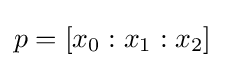
p=[x_{0}:x_{1}:x_{2}]